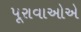
પૂરાવાઓએ